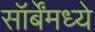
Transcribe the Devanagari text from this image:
सॉर्बेंमध्ये